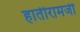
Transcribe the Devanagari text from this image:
हातीरामजी